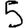
Digit: 5